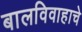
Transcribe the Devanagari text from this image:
बालविवाहाचे